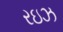
રઇઝ